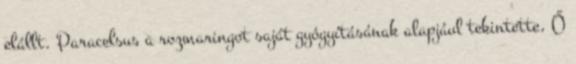
elállt. Paracelsus a rozmaringot saját gyógyításának alapjául tekintette, Ő